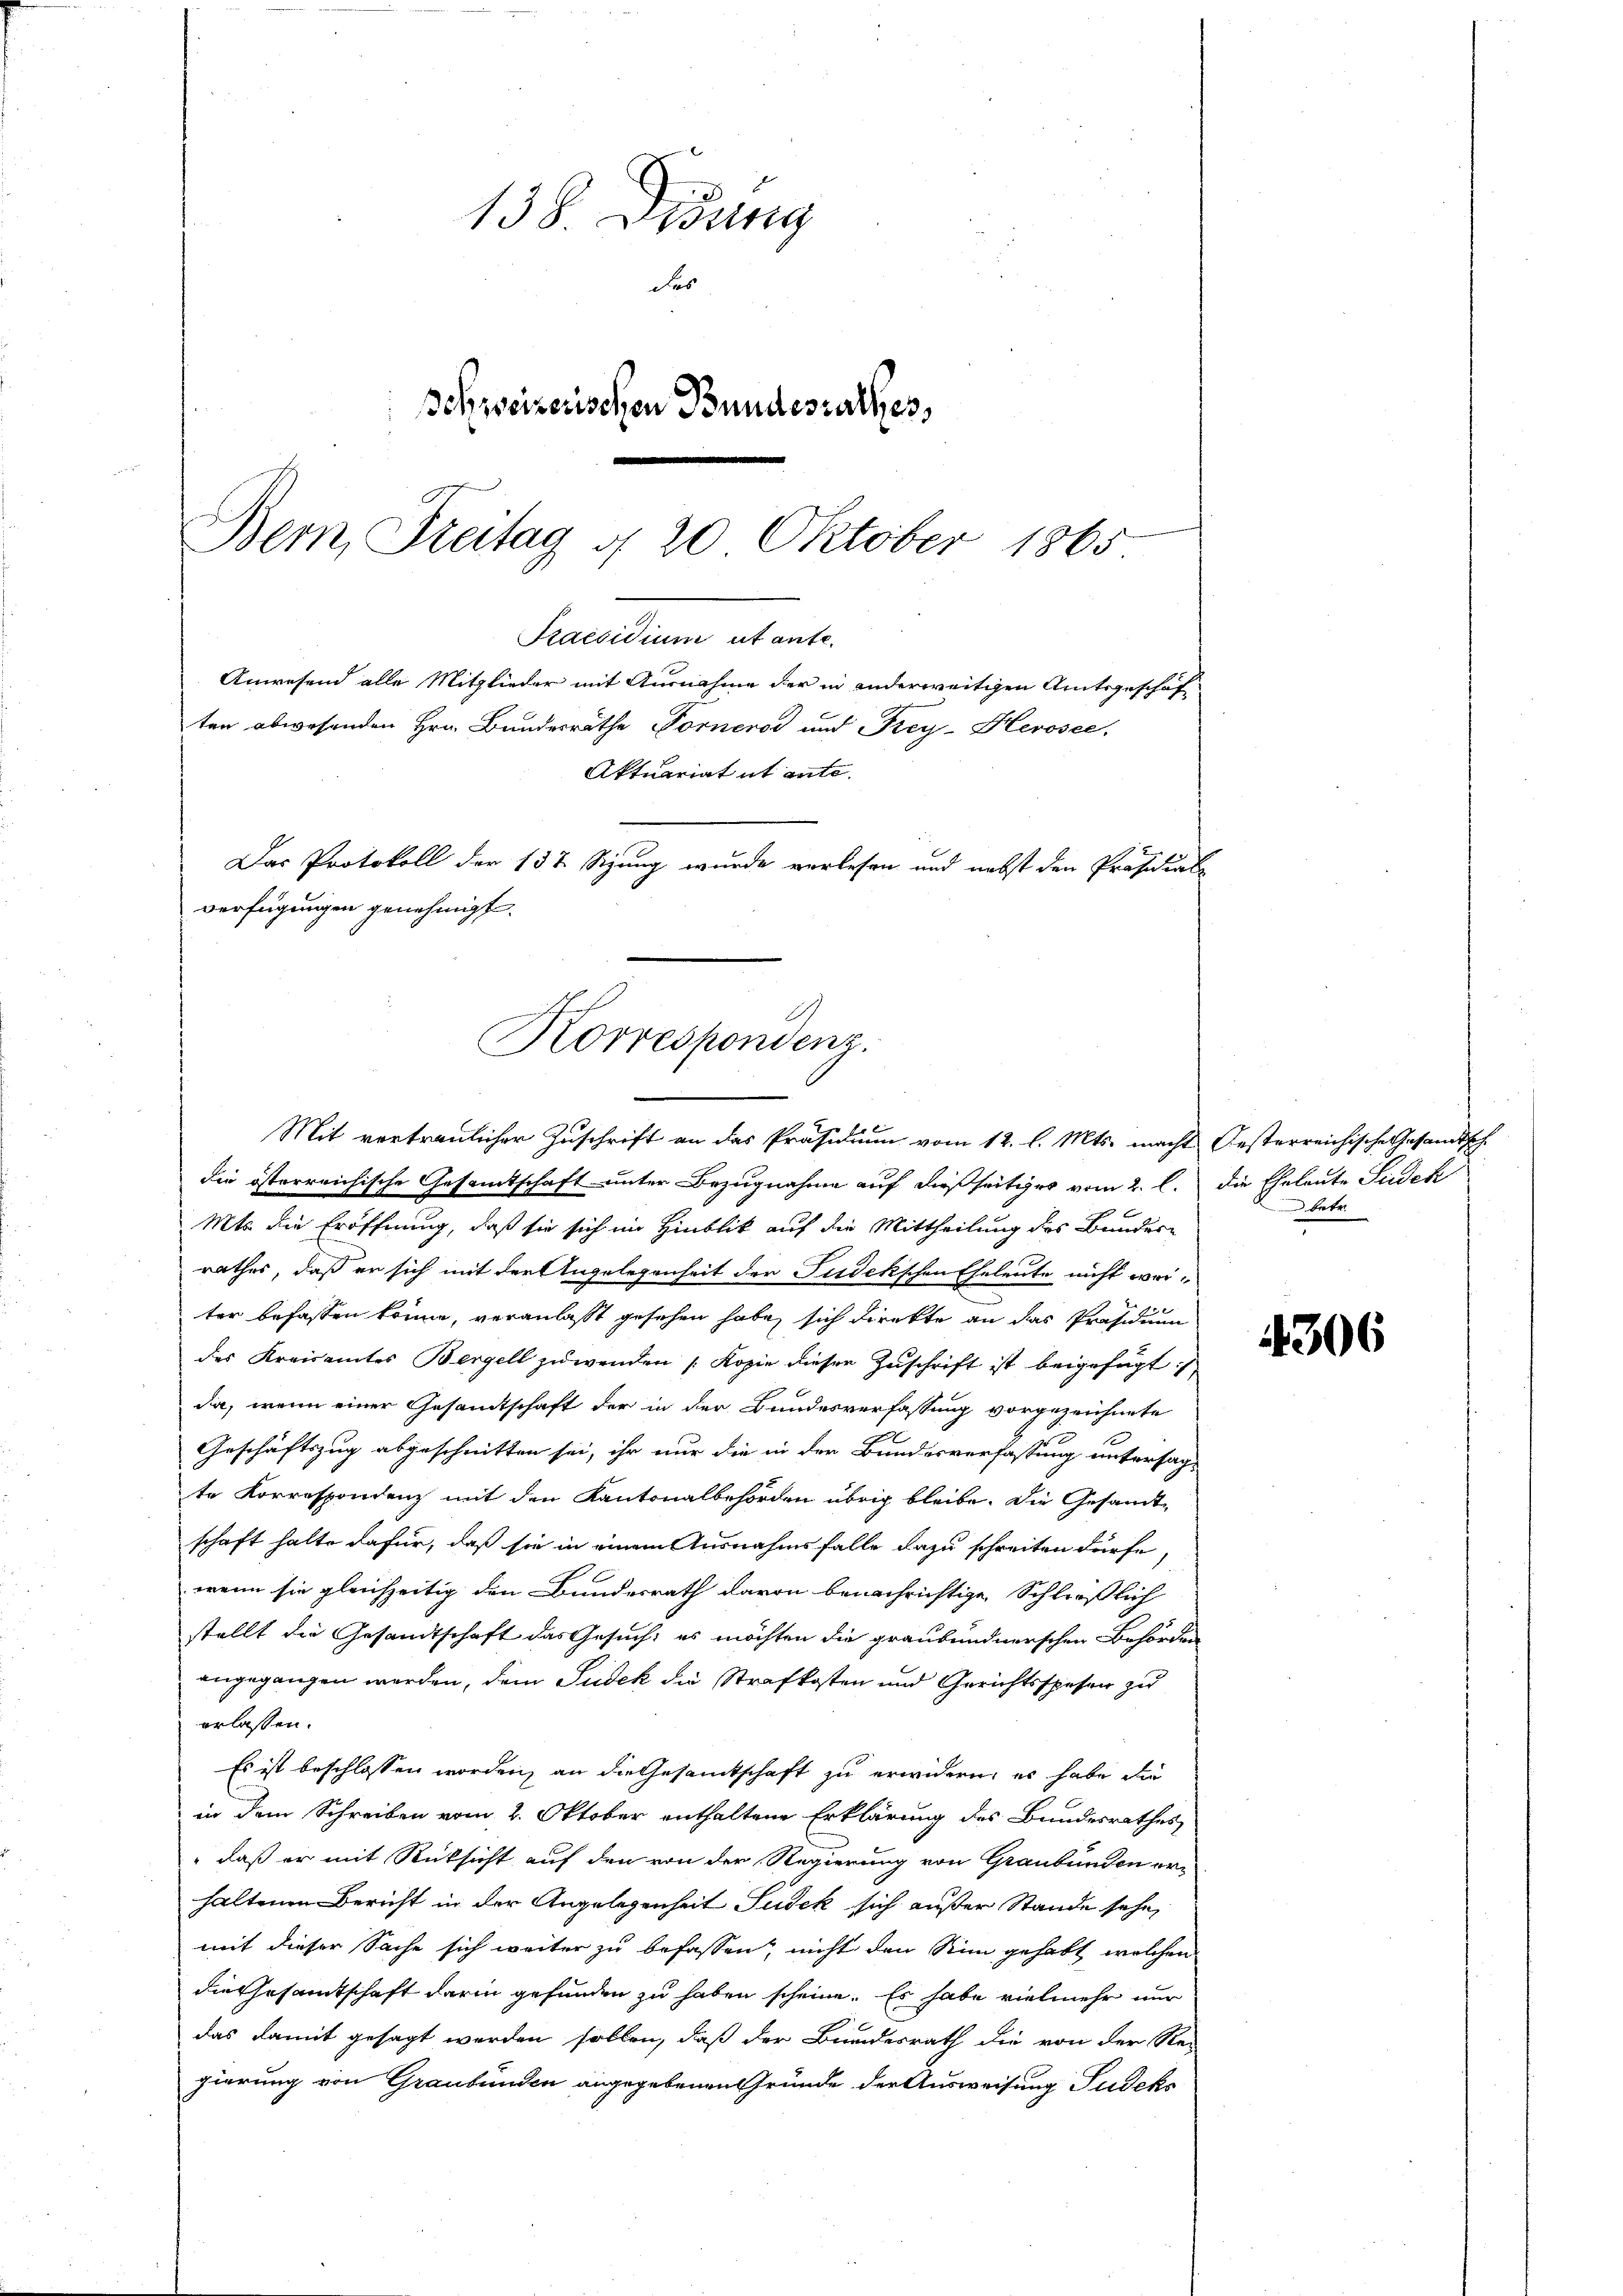
138. Disung
das
Schweizerischen Bundesrathes,

Bern, Freitag d. 20. Oktober 1865
Secundum ebente.
Anwesend alle Mitglieder mit Ausnahme der in anderweitigen Amtsgeschäf
ten abwesenden Hrn. Bundesräthe Forneros und Frey-Herosee,
Das Protokoll der 152 Stzung wurde verlesen und nebst den Präsidial
verfügungen genehmigt.
Korrespondenz.
Mit vertraulicher Zuschrift an das Präsidium vom 12. l. Mts. macht Oesterreichische Gesandtsch

die österreichische Gesamtschaft unter Bezugnahme auf dießseitiges vom 2. l.
Mts die Eröffnung, daß sie sich im Hinblik auf die Mittheilung des Bundes-
rathes, daß er sich mit der Angelegenheit der Judekschen Eheleute nicht weie
ter befassen könne, veranlaßt gesehen habe, sich direkte an das Präsidium
des Kreisamtes Bergell zuwenden (Kopie dieser Zuschrift ist beigefügt :
da, wenn einer Gesandtschaft der in der Bundesverfassung vorgezeichnete
Geschäftszug abgeschnitten sei, ihr nur die in der Bundesverfassung untersag
te Korrespondenz mit den Kantonalbehörden übrig bleibe. Die Gesandt-
schaft halte dafür, daß sie in einem Ausnahmsfalle dazu schreiten dürfe
wenn sie gleichzeitig den Bundesrath davon benachrichtige Schließlich
stellt die Gesandtschaft das Gesuch, es möchten die graubündnerschen Behörden
angegangen werden, dem Sudek die Strafkosten und Gerichtsspesen zu
erlassen.
Es ist beschlossen worden, an die Gesamtschaft zu erwidern, es habe die
in dem Schreiben vom 2. Oktober enthaltene Erklärung des Bundesrathes
" daß er mit Rücksicht auf den von der Regierung von Graubünden erhaltenen Bericht in der Angelegenheit Sudek sich außer Stande sehe,
mit dieser Sache sich weiter zu befassen, nicht den Sinn gehabt, welchen
die Gesamtschaft darin gefunden zu haben scheine. Es habe vielmehr nur
das damit gesagt werden sollen, daß der Bundesrath die von der Rei
gierung von Graubünden angegebenen Gründe der Ausweisung Sudeks

Aktuariat it ente.

die Eheleute Seidek
 betr.

4306